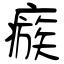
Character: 瘯